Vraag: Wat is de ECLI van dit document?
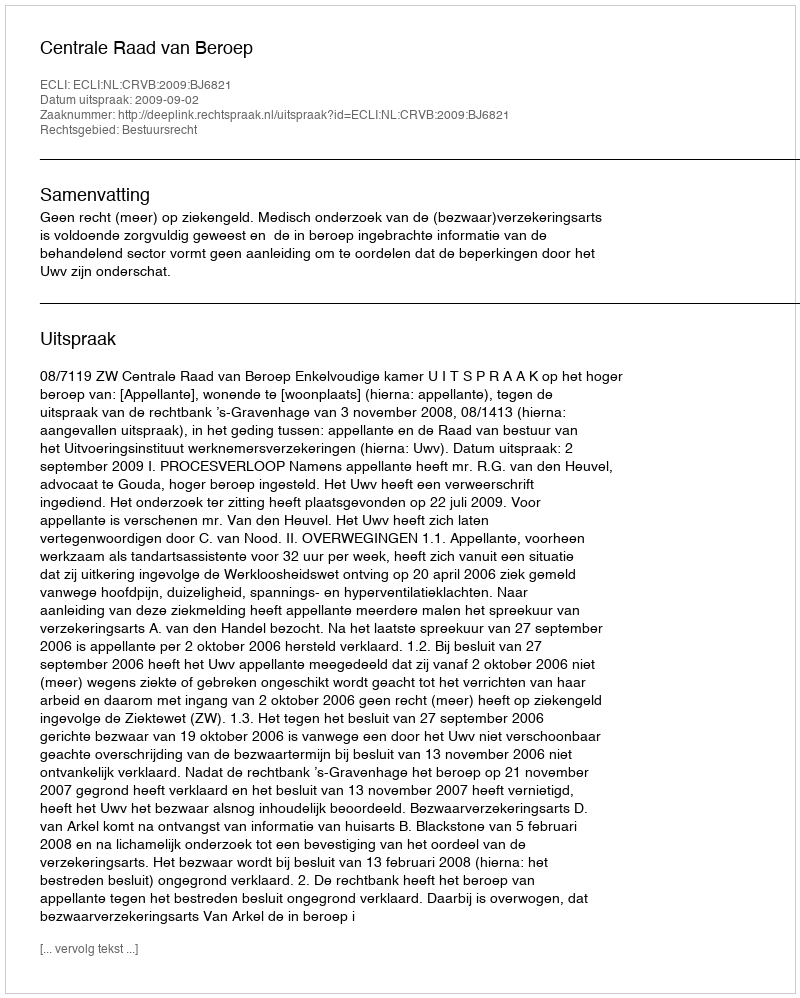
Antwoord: ECLI:NL:CRVB:2009:BJ6821